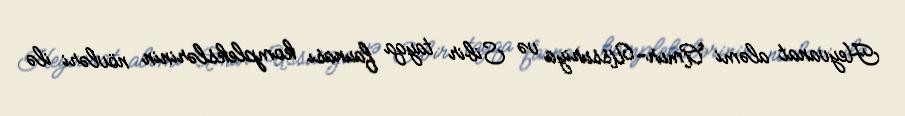
Heyvanat aləmi Amur-Ussuriya və Sibir tayqa faunası komplekslərinin növləri ilə